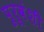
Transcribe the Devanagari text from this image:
पुरूवंशी